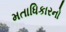
મતાધિકારનો